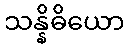
သန္နိဓိယော